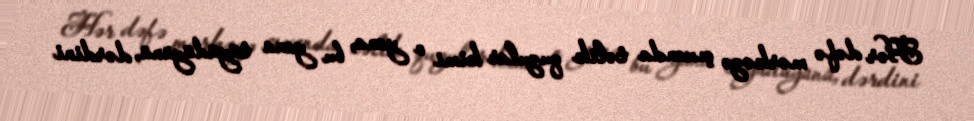
Hər dəfə mərkəzə çıxanda təlik quzular kimi o yana, bu yana tüyüdüyünü, dərdini